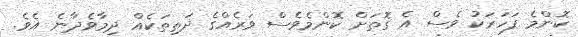
ކޮންމެ ފަހަރަކު ވެސް އެ ގޮތަށް ކޮންމެވެސް ވަރެއްގެ ދަތިތަކެއް ދިމާވެދާނެ އެވެ.